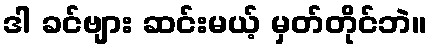
ဒါ ခင်ဗျား ဆင်းမယ့် မှတ်တိုင်ဘဲ။